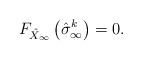
LaTeX: \begin{align*}F_{ \hat{X}_{\infty} }\left(\hat{\sigma}_{\infty}^k \right) = 0. \end{align*}